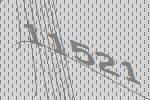
11521